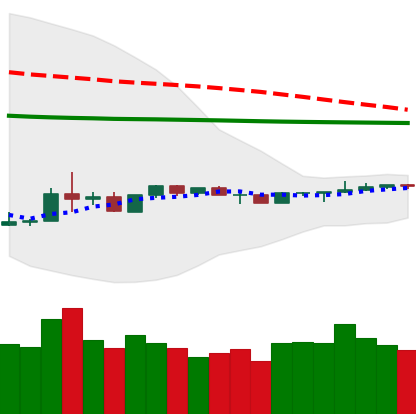
Ticker: LTC-USD
Chart end date: 2020-04-05
Forward return: 3.933%
Label: up_3_5